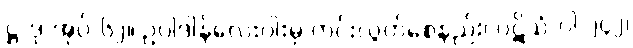
ဋ္ဌ-ဒု-အုပ်-၆၂။ ဥပါဒါန်လေးပါးမှ ကင်းလွတ်စေနည်း၊ ပဋိသံ-ပါ-၂၄၂၊